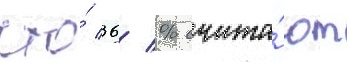
что́ 36 % счита́ют